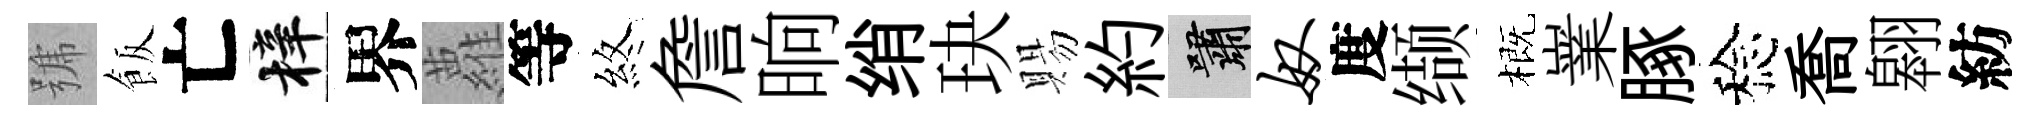
號飯亡梓界蘿等煞詹晌绡玦賜約嘯奴度缬概嶪䐁稔喬翱紡